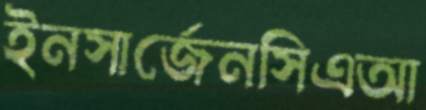
ইনসার্জেনসিএআ